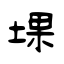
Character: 堁